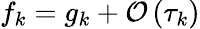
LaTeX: f_{k}=g_{k}+\mathcal{O}\left(\tau_{k}\right)